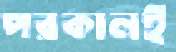
পরকালই